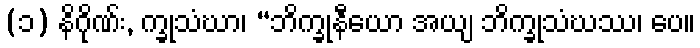
(၁) နိဂိုဏ်း, က္ခုသံဃာ၊ “ဘိက္ခုနီယော အယျ ဘိက္ခုသံဃဿ၊ ပေ။